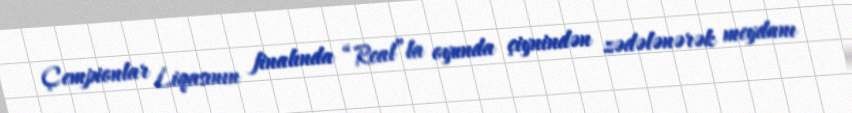
Çempionlar Liqasının finalında “Real”la oyunda çiynindən zədələnərək meydanı